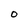
Character: O